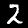
Label: 2